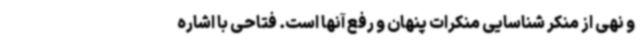
و نهی از منکر شناسایی منکرات پنهان و رفع آنها است. فتاحی با اشاره